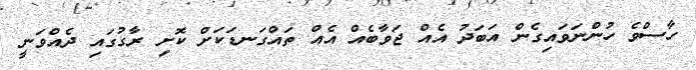
ހާސްވެ ހުންނަވައިގެން އަބަދު އެއް ޖަވާބެއް އެއް ތައްގަނޑަކަށް ކޮށި ރާގުގައި ދެއްވަނީ